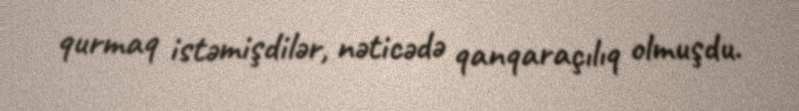
qurmaq istəmişdilər, nəticədə qanqaraçılıq olmuşdu.